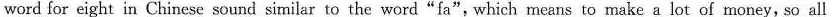
word for eight in Chinese sound similar to the word"fa",which means to make a lot of money,so all